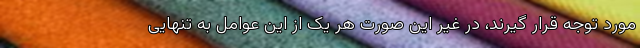
مورد توجه قرار گیرند، در غیر این صورت هر یک از این عوامل به تنهایی